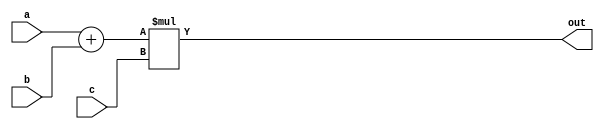
// Module used to test the Lakeroad pass in Yosys. 
// See python/yosys_experiments.py.
module test_add_mul16(input [15:0] a, input [15:0] b, input [15:0] c, output [15:0] out);
  assign out = (a+b)*c;
endmodule